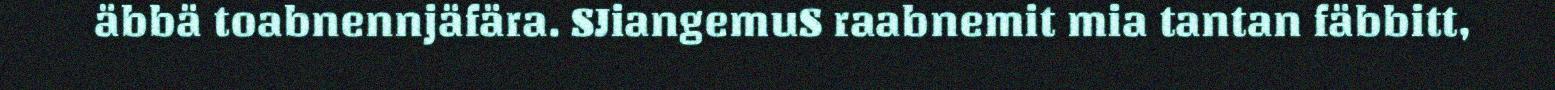
äbbä toabnennjäfära. SJiangemuS raabnemit mia tantan fäbbitt,